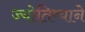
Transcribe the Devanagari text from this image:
ज्योतिष्याने